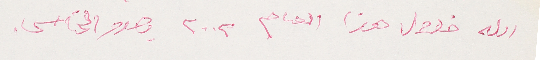
الله خلال هذا العام ٢٠٠٢ وصدور  الخامس